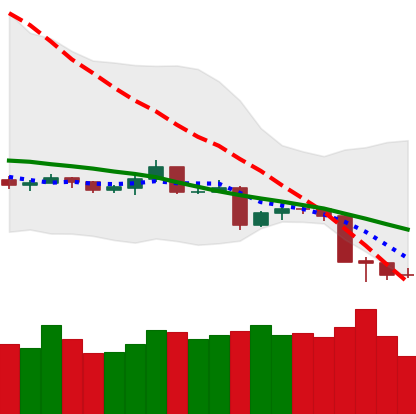
Ticker: TRX-USD
Chart end date: 2019-08-17
Forward return: 3.524%
Label: up_3_5